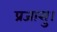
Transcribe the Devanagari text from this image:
प्रजासु।